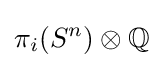
\pi _{i}(S^{n})\otimes \mathbb {Q}